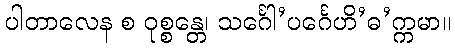
ပါတာလေန စ ဝုစ္စန္တေ၊ သင်္ဂေါ’ပင်္ဂေဟိ’ဓ’က္ကမာ။